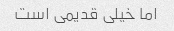
اما خیلی قدیمی است